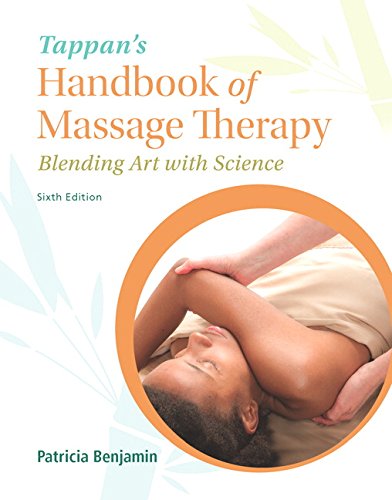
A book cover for Tappan's Handbook of Massage Therapy: Blending Art with Science (6th Edition); Patricia J. Benjamin Ph.D.; Health, Fitness & Dieting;